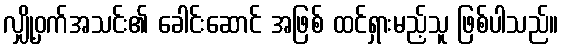
လျှို့ဝှက်အသင်း၏ ခေါင်းဆောင် အဖြစ် ထင်ရှားမည့်သူ ဖြစ်ပါသည်။